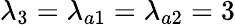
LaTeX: \lambda_{3}=\lambda_{a1}=\lambda_{a2}=3